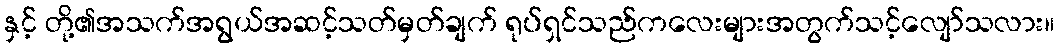
နှင့် တို့၏အသက်အရွယ်အဆင့်သတ်မှတ်ချက် ရုပ်ရှင်သည်ကလေးများအတွက်သင့်လျော်သလား။